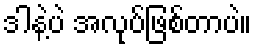
ဒါနဲ့ပဲ အလုပ်ဖြစ်တာပဲ။